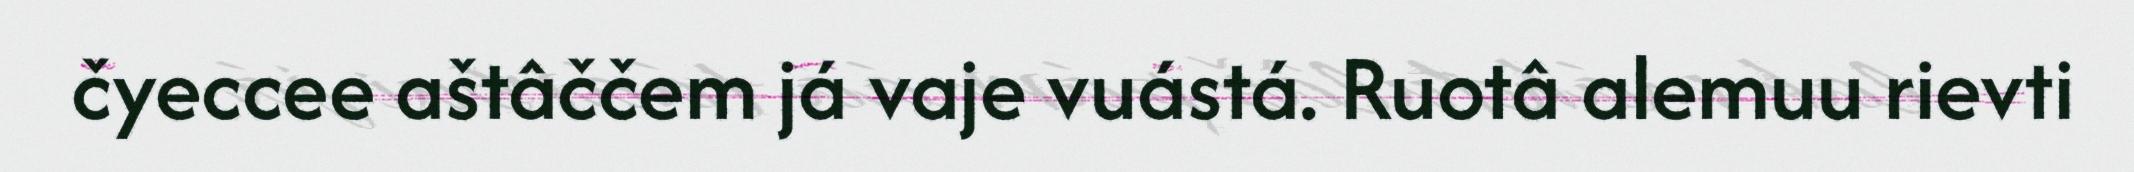
čyeccee aštâččem já vaje vuástá. Ruotâ alemuu rievti